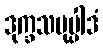
ဒုက္ခသမုပ္ပါဒံ